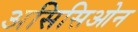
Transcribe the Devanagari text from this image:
असिसिओन